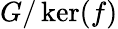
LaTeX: G/\ker(f)